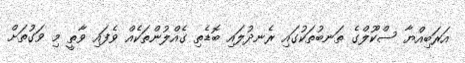
އަރަބިއްޔާ ސްކޫލްގެ ތަނބުތަކުގައި ރެނދުލައި ބޮޑެތި ގެއްލުންތަކެއް ވެފައި ވާތީ މި ވަގުތަށް